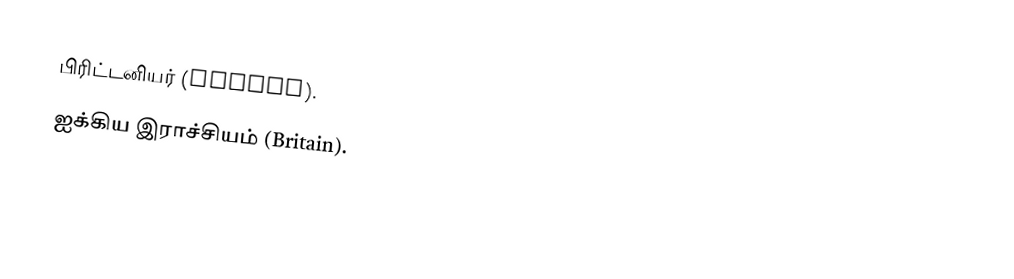
பிரிட்டனியர் (Briton).
ஐக்கிய இராச்சியம் (Britain).